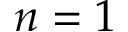
n = 1